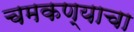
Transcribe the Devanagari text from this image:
चमकण्याचा